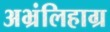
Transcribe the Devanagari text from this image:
अभ्रंलिहाग्र